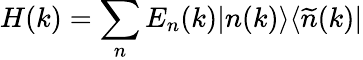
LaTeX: H(k)=\sum_{n}E_{n}(k)|n(k)\rangle\langle\widetilde{n}(k)|